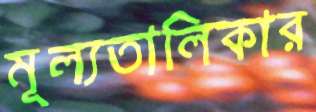
মূল্যতালিকার